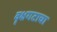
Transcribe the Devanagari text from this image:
वृक्षगटाचा